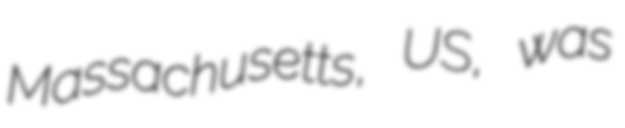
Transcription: Massachusetts, US, was